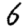
Digit: 6